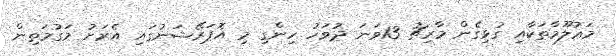
މަޢުލޫމާތަކާއި ގުޅިގެން މާރިޗު 13ވަނަ ދުވަހު ހިންގި މި އޮޕަރޭޝަނުގައި އެރަށު މަގުމަތިން